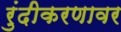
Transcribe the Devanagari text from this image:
रुंदीकरणावर